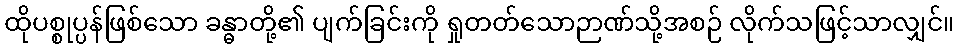
ထိုပစ္စုပ္ပန်ဖြစ်သော ခန္ဓာတို့၏ ပျက်ခြင်းကို ရှုတတ်သောဉာဏ်သို့အစဉ် လိုက်သဖြင့်သာလျှင်။